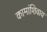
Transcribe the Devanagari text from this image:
कामांशिवाय